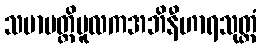
သမာပတ္တိမူလကအဘိနီဟာရသုတ္တံ